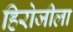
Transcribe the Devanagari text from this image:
हिरोजीला